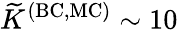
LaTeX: \widetilde{K}^{\mathrm{(BC,MC)}}\sim 10